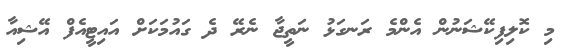
މި ކޮލިފިކޭޝަނުން އެންމެ ރަނގަޅު ނަތީޖާ ނެރޭ ދެ ގައުމަކަށް އައިޓީއެފް އޭޝިއާ